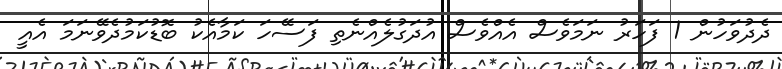
ދެދުވަހުން 1 ފަހަރު ނަމަވެސް އެއްވެސް އުދަގުލެއްނެތި ފަސޭހަ ކަމާއެކު ބޮޑުކަމުދެވޭނަމަ އެއީ